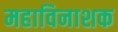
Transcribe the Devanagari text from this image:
महाविनाशक